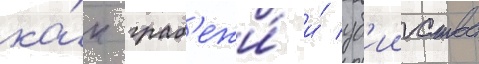
ка́к граб'ежи́ и́ уб'ииства